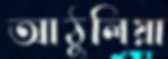
আঠুলিয়া